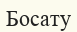
Босату